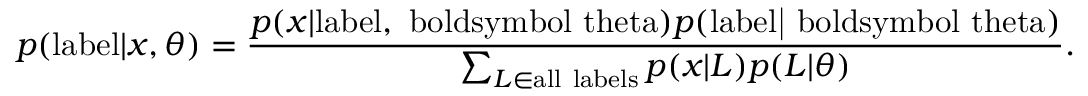
p ( \mathrm { { l a b e l } } | { \boldsymbol { x } } , { \boldsymbol { \theta } } ) = { \frac { p ( { { \boldsymbol { x } } | \mathrm { { l a b e l , { \ b o l d s y m b o l { \ t h e t a } } } } } ) p ( \mathrm { { l a b e l | { \ b o l d s y m b o l { \ t h e t a } } } } ) } { \sum _ { L \in { \mathrm { a l l ~ l a b e l s } } } p ( { \boldsymbol { x } } | L ) p ( L | { \boldsymbol { \theta } } ) } } .